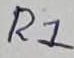
Text: R1